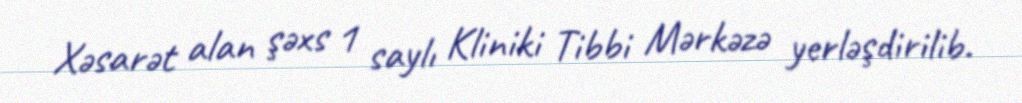
Xəsarət alan şəxs 1 saylı Kliniki Tibbi Mərkəzə yerləşdirilib.